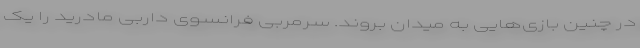
در چنین بازی‌هایی به میدان بروند. سرمربی فرانسوی داربی مادرید را یک